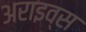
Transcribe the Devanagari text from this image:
अराइव्स